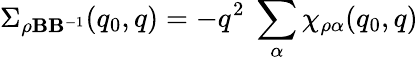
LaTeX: \Sigma_{\rho\mathbf{B}\mathbf{B}^{-1}}(q_{0},q)=-q^{2}\ \sum_{\alpha}\chi_{\rho\alpha}(q_{0},q)